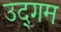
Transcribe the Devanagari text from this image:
उद्‌गम